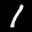
Label: 1